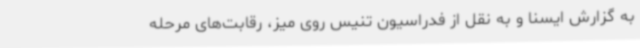
به گزارش ایسنا و به نقل از فدراسیون تنیس روی میز، رقابت‌های مرحله